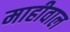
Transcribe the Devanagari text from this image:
माहीवाल